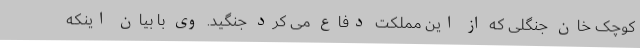
کوچک خان جنگلی که از این مملکت دفاع می کرد جنگید. وی با بیان اینکه